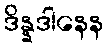
ဒိန္နဒါနေန